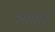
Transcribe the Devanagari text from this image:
इक्कठ्ठे